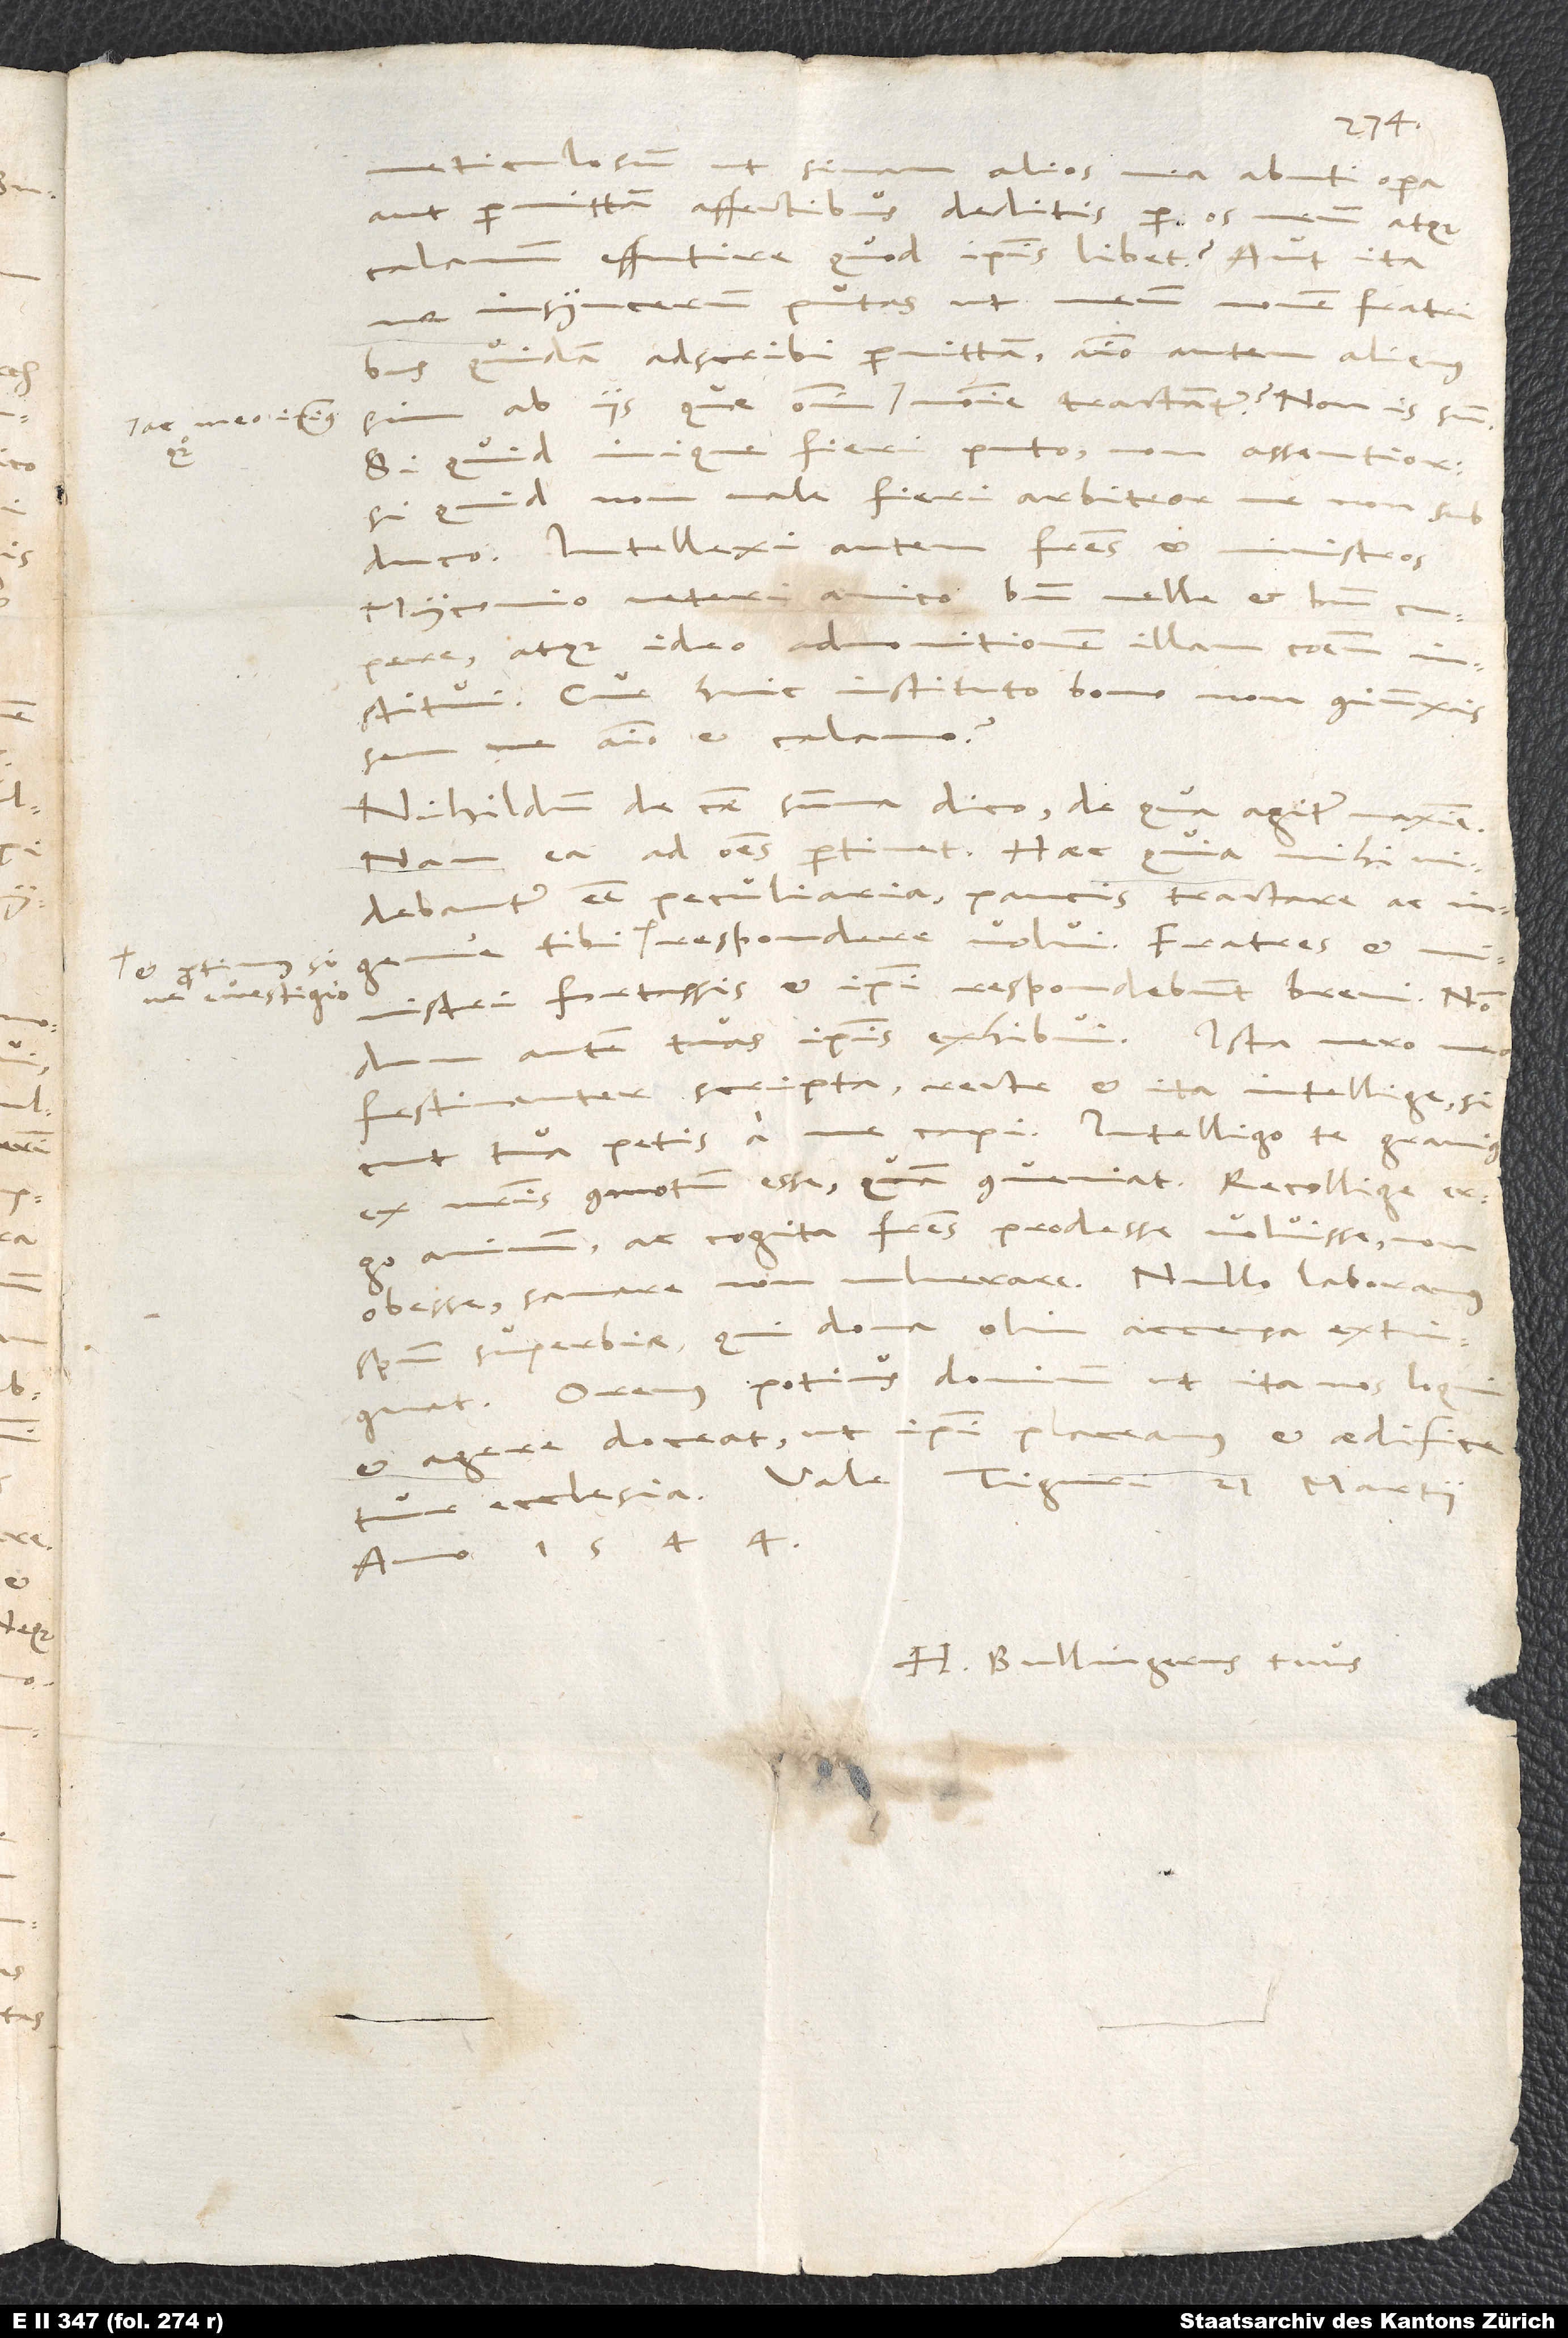
ac meo ipsius

meticulosum, ut sinam alios mea abuti opera
aut permittam affectibus deditis per os meum atque
calamum effutire, quod ipsis libet? Aut ita
insyncerum putas, ut meum nomen fratribus
quidem adscribi permittam, animo autem alienus
inique fieri puto, non assentior;
non male fieri arbitror, me non subduco.
Intellexi autem fratres et ministros
Myconio veteri amico bene velle et bene cupere
atque ideo admonitionem illam communem
institui. Cur huic instituto bono non coniunxissem
me animo et calamo?
Nihildum de causae summa dico, de qua agitur maxime.
Nam ea ad omnes pertinet. Haec quia mihi
paucis tractare ac
videbantur esse peculiaria,
respondere volui. Fratres et
ministri fortassis et ipsi respondebunt brevi. Nondum
autem tuas ipsis exhibui. Ista vero mea
festinanter scripta recte et ita intellige, sicut
ex nostris commotum esse, quam conveniat. Recollige ergo
animum ac cogita fratres prodesse voluisse, non
obesse, sanare, non vulnerare. Nullo laboramus
spiritu superbiae, qui dona olim accensa extinguat.
Oremus potius dominum, ut ita nos loqui
et agere doceat, ut ipsi placeamus et aedificetur
anno 1544.
H. Bullingerus tuus.